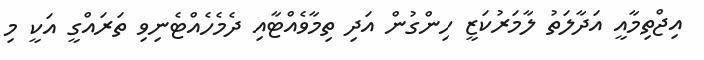
އިޖްތިމާއީ އަދާލަތު ލާމަރުކަޒީ ހިންގުން އަދި ތިމާވެއްޓާއި ދެމެހެއްޓެނިވި ތަރައްގީ އަކީ މި